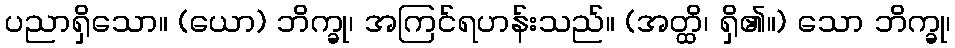
ပညာရှိသော။ (ယော) ဘိက္ခု၊ အကြင်ရဟန်းသည်။ (အတ္ထိ၊ ရှိ၏။) သော ဘိက္ခု၊